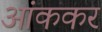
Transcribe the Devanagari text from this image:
आंककर